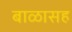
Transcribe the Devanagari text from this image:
बाळासह